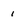
Character: 1